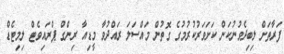
ފަރާތަށް ލިބިދެވުނުކަން ކަށަވަރުކުރުމުގެ ގޮތުން މައްސަލަ ރައްދުވާ މީޑިއާ ރިންގް ޕްރައިވެޓް ލިމިޓެޑް